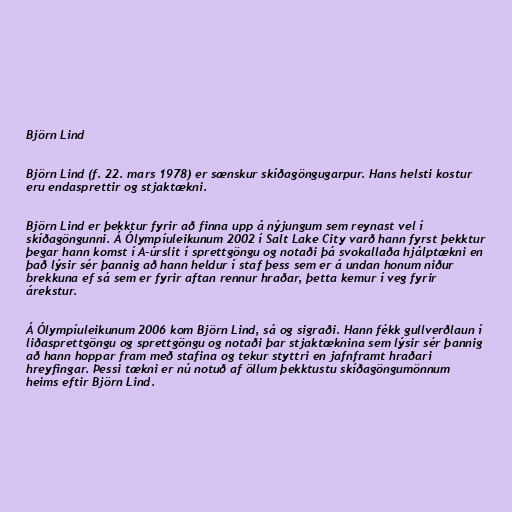
Björn Lind

Björn Lind (f. 22. mars 1978) er sænskur skíðagöngugarpur. Hans helsti kostur
eru endasprettir og stjaktækni.

Björn Lind er þekktur fyrir að finna upp á nýjungum sem reynast vel í
skíðagöngunni. Á Ólympíuleikunum 2002 í Salt Lake City varð hann fyrst þekktur
þegar hann komst í A-úrslit í sprettgöngu og notaði þá svokallaða hjálptækni en
það lýsir sér þannig að hann heldur í staf þess sem er á undan honum niður
brekkuna ef sá sem er fyrir aftan rennur hraðar, þetta kemur í veg fyrir
árekstur.

Á Ólympíuleikunum 2006 kom Björn Lind, sá og sigraði. Hann fékk gullverðlaun í
liðasprettgöngu og sprettgöngu og notaði þar stjaktæknina sem lýsir sér þannig
að hann hoppar fram með stafina og tekur styttri en jafnframt hraðari
hreyfingar. Þessi tækni er nú notuð af öllum þekktustu skíðagöngumönnum
heims eftir Björn Lind.